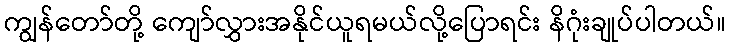
ကျွန်တော်တို့ ကျော်လွှားအနိုင်ယူရမယ်လို့ပြောရင်း နိဂုံးချုပ်ပါတယ်။